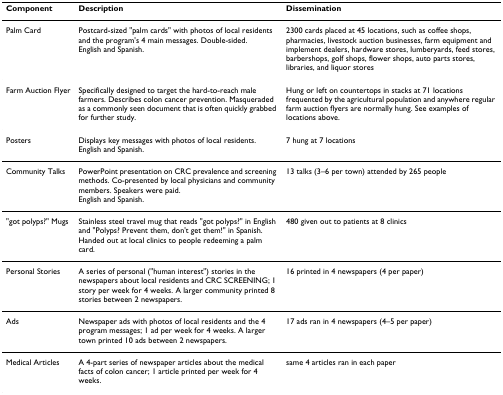
| Component | Description | Dissemination |
 | --- | --- | --- |
 | Palm Card | Postcard-sized "palm cards" with photos of local residents and the program's 4 main messages. Double-sided.English and Spanish. | 2300 cards placed at 45 locations, such as coffee shops, pharmacies, livestock auction businesses, farm equipment and implement dealers, hardware stores, lumberyards, feed stores, barbershops, golf shops, flower shops, auto parts stores, libraries, and liquor stores |
 | Farm Auction Flyer | Specifically designed to target the hard-to-reach male farmers. Describes colon cancer prevention. Masqueraded as a commonly seen document that is often quickly grabbed for further study. | Hung or left on countertops in stacks at 71 locations frequented by the agricultural population and anywhere regular farm auction flyers are normally hung. See examples of locations above. |
 | Posters | Displays key messages with photos of local residents.English and Spanish. | 7 hung at 7 locations |
 | Community Talks | PowerPoint presentation on CRC prevalence and screening methods. Co-presented by local physicians and community members. Speakers were paid.English and Spanish. | 13 talks (3–6 per town) attended by 265 people |
 | "got polyps?" Mugs | Stainless steel travel mug that reads "got polyps?" in English and "Polyps? Prevent them, don't get them!" in Spanish. Handed out at local clinics to people redeeming a palm card. | 480 given out to patients at 8 clinics |
 | Personal Stories | A series of personal ("human interest") stories in the newspapers about local residents and CRC SCREENING; 1 story per week for 4 weeks. A larger community printed 8 stories between 2 newspapers. | 16 printed in 4 newspapers (4 per paper) |
 | Ads | Newspaper ads with photos of local residents and the 4 program messages; 1 ad per week for 4 weeks. A larger town printed 10 ads between 2 newspapers. | 17 ads ran in 4 newspapers (4–5 per paper) |
 | Medical Articles | A 4-part series of newspaper articles about the medical facts of colon cancer; 1 article printed per week for 4 weeks. | same 4 articles ran in each paper |